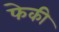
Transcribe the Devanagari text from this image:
फेकी